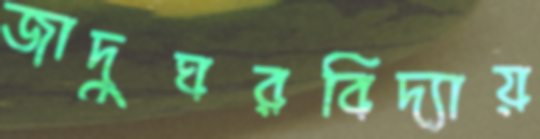
জাদুঘরবিদ্যায়